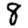
Digit: 8